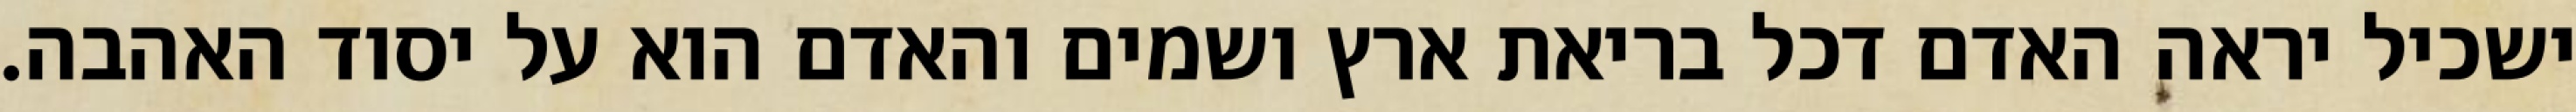
ישכיל יראה האדם דכל בריאת ארץ ושמים והאדם הוא על יסוד האהבה.